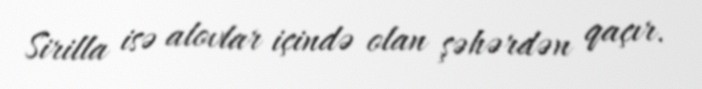
Sirilla isə alovlar içində olan şəhərdən qaçır.